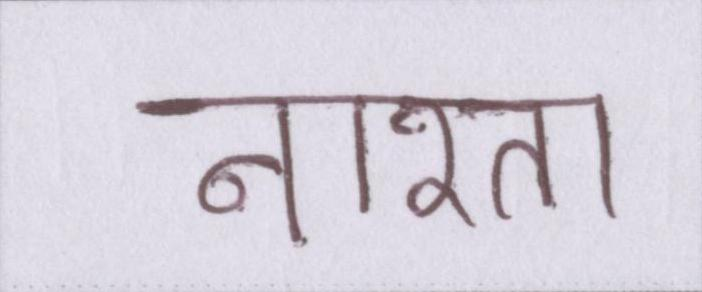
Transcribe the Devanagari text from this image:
नाश्ता